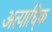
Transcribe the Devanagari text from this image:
अत्याधि्क